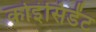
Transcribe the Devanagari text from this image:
कोइंसिडेंट